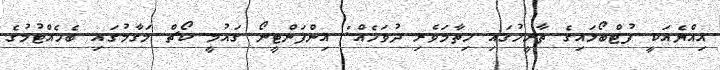
އިއްޔެއަކީ ފުޓްބޯޅައިގެ ތާރީހުގައި ހިތާމަވެރި ދުވަހެއް: އިންފަންޓީނޯ ގައުމީ ކޯޗް މަގާމުގައި ބެހެއްޓުމުގެ